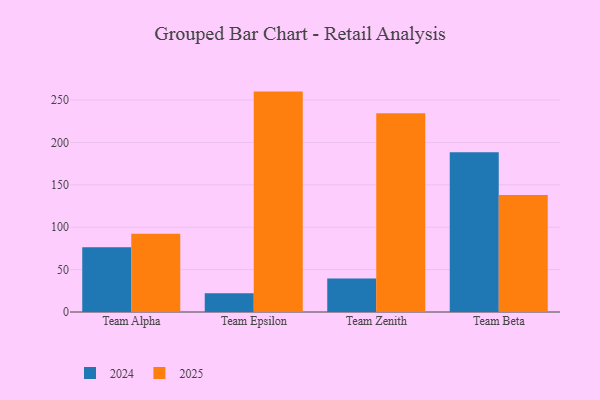
{"axis": {"x": "Team", "y": "Budget (USD K)"}, "legend": ["2024", "2025"], "data": [{"x": "Team Alpha", "y": 92.4, "type": "2025"}, {"x": "Team Alpha", "y": 76.3, "type": "2024"}, {"x": "Team Epsilon", "y": 260.0, "type": "2025"}, {"x": "Team Epsilon", "y": 22.0, "type": "2024"}, {"x": "Team Zenith", "y": 234.4, "type": "2025"}, {"x": "Team Zenith", "y": 39.5, "type": "2024"}, {"x": "Team Beta", "y": 138.0, "type": "2025"}, {"x": "Team Beta", "y": 188.5, "type": "2024"}]}